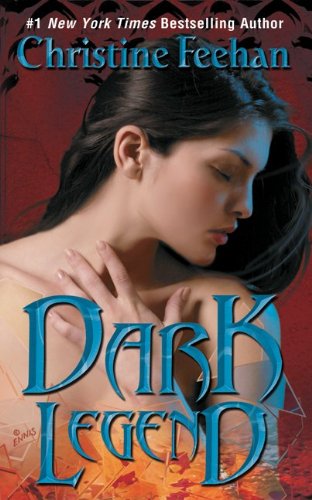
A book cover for Dark Legend (Dark Series); Christine Feehan; Romance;